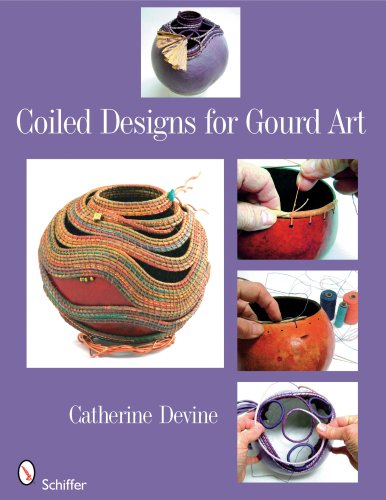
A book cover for Coiled Designs for Gourd Art; Catherine Devine; Crafts, Hobbies & Home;